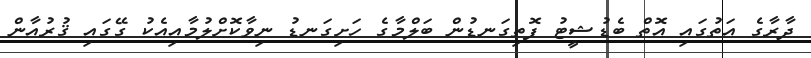
ދާރާގެ އަތުގައި އޮތް ބެޑުޝީޓު ފޮތިގަނޑުން ބަލްމާގެ ހަށިގަނޑު ނިވާކޮށްލުމާއިއެކު ގޭގައި ޤުރުއާން